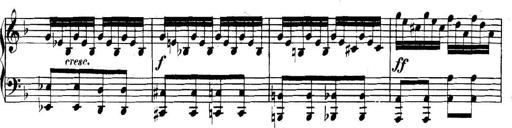
Title: Collected Piano Sonatas
Composer: Muzio Clementi